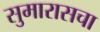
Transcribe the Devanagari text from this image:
सुमारासचा